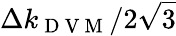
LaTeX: \Delta k_{\mathrm{~D~V~M~}}/2\sqrt{3}